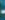
-